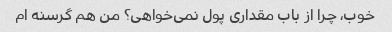
خوب، چرا از باب مقداری پول نمی‌خواهی؟ من هم گرسنه ام